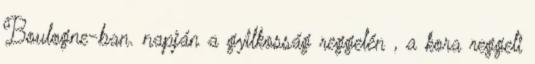
Boulogne-ban. napján a gyilkosság reggelén , a kora reggeli